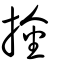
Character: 捦